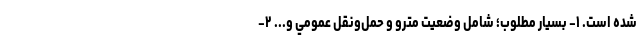
شده است. ۱- بسيار مطلوب؛ شامل وضعيت مترو و حمل‌ونقل عمومي و... ۲-